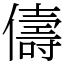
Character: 儔